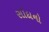
સોદાનો